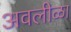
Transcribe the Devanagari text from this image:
अवलीळा